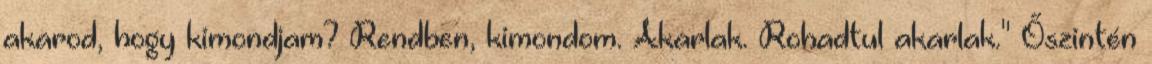
akarod, hogy kimondjam? Rendben, kimondom. Akarlak. Rohadtul akarlak." Őszintén